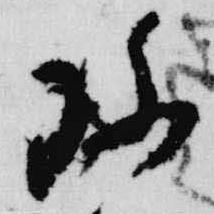
珍